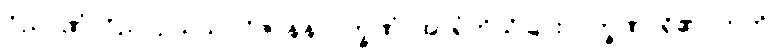
ဝိညာဏံ၊ ဝိညာဉ်သည်။ ဝိဇာနနလက္ခဏံ၊ အာရုံကိုသိခြင်းလက္ခဏာရှိ၏။ ဣတိ၊